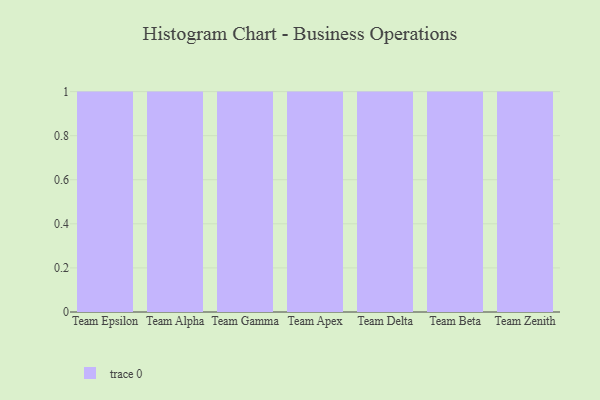
{"axis": {"x": "Team", "y": "Population (Million)"}, "legend": [""], "data": [{"x": "Team Epsilon", "y": 10, "type": ""}, {"x": "Team Alpha", "y": 33, "type": ""}, {"x": "Team Gamma", "y": 69, "type": ""}, {"x": "Team Apex", "y": 62, "type": ""}, {"x": "Team Delta", "y": 46, "type": ""}, {"x": "Team Beta", "y": 48, "type": ""}, {"x": "Team Zenith", "y": 4, "type": ""}]}